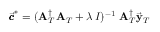
\vec { \pmb { c } } ^ { * } = ( { \bf A } _ { T } ^ { \dagger } \, { \bf A } _ { T } + \lambda \, I ) ^ { - 1 } \, \, { \bf A } _ { T } ^ { \dagger } \vec { \bf y } _ { T }